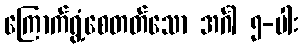
ကြောက်ရွံ့စေတတ်သော အင်္ဂါ ၅-ပါး